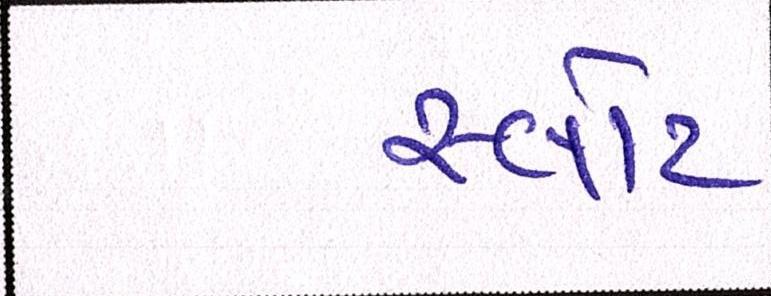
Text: સ્લોટ